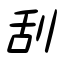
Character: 刮